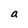
Character: a